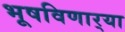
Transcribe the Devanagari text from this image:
भूषविणार्‍या